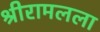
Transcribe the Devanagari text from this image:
श्रीरामलला